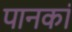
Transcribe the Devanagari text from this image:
पानकां